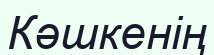
Кәшкенің